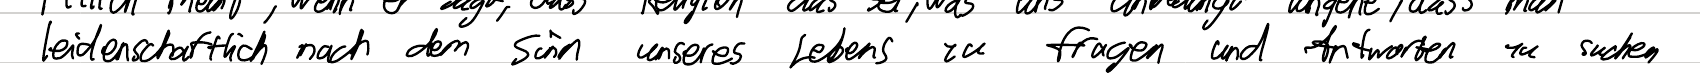
leidenschaftlich nach dem Sinn unseres Lebens zu fragen und Antworten zu suchen